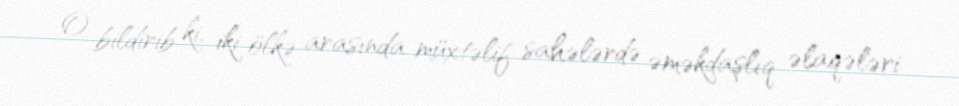
O bildirib ki, iki ölkə arasında müxtəlif sahələrdə əməkdaşlıq əlaqələri